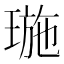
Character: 㻢